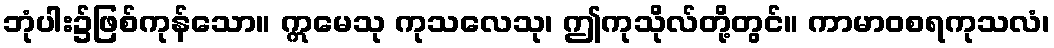
ဘုံပါး၌ဖြစ်ကုန်သော။ ဣမေသု ကုသလေသု၊ ဤကုသိုလ်တို့တွင်။ ကာမာဝစရကုသလံ၊